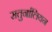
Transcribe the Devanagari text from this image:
सतुर्नालियन